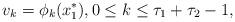
LaTeX: \begin{align*} v_k = \phi_{k}(x_1^{\ast}), 0\leq k\leq \tau_1+\tau_2-1, \end{align*}